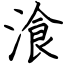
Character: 湌